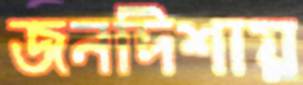
জনদিশায়